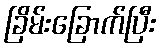
ခြိမ်းခြောက်ပြီး